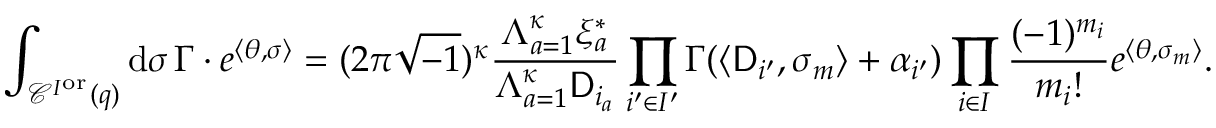
\int _ { \mathcal { C } ^ { I ^ { \mathrm { o r } } } ( q ) } \mathrm { d } \sigma \, \Gamma \cdot e ^ { \langle \theta , \sigma \rangle } = ( 2 \pi \sqrt { - 1 } ) ^ { { \boldsymbol { \kappa } } } \frac { \Lambda _ { a = 1 } ^ { { \boldsymbol { \kappa } } } \xi _ { a } ^ { * } } { \Lambda _ { a = 1 } ^ { { \boldsymbol { \kappa } } } \mathsf { D } _ { i _ { a } } } \prod _ { i ^ { \prime } \in I ^ { \prime } } \Gamma ( \langle \mathsf { D } _ { i ^ { \prime } } , \sigma _ { m } \rangle + \alpha _ { i ^ { \prime } } ) \prod _ { i \in I } \frac { ( - 1 ) ^ { m _ { i } } } { m _ { i } ! } e ^ { \langle \theta , \sigma _ { m } \rangle } .